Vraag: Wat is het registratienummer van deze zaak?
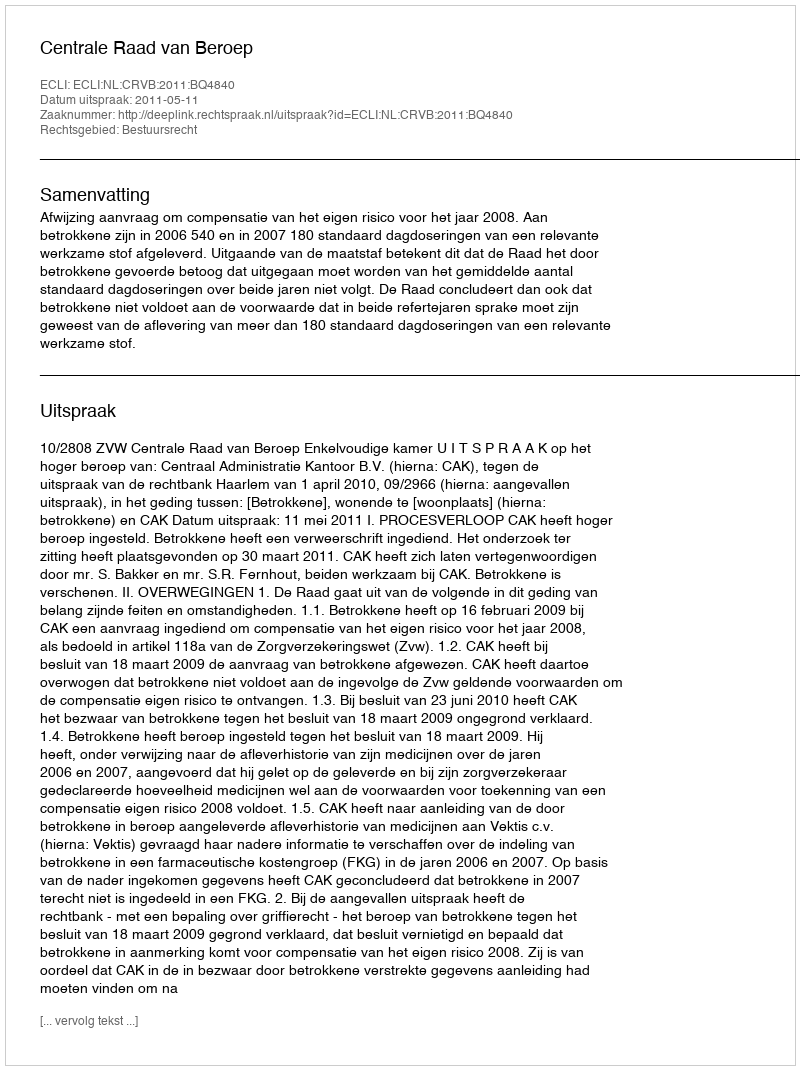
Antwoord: http://deeplink.rechtspraak.nl/uitspraak?id=ECLI:NL:CRVB:2011:BQ4840